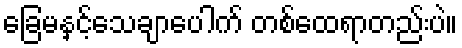
ခြေမနှင့်သေချာပေါက် တစ်ထေရာတည်းပဲ။